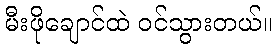
မီးဖိုချောင်ထဲ ဝင်သွားတယ်။